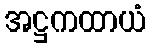
အဋ္ဌကထာယံ